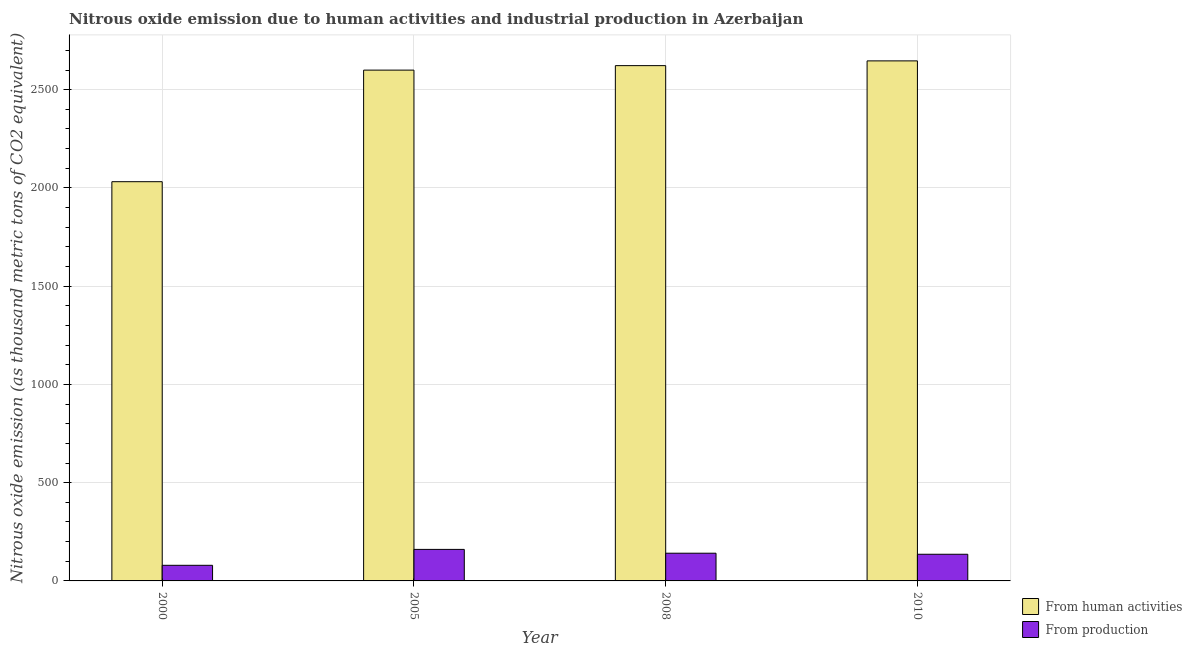
| Year | From human activities | From production |
 | --- | --- | --- |
 | 2000 | 2.03e+03 | 79.5 |
 | 2005 | 2.6e+03 | 160 |
 | 2008 | 2.62e+03 | 141 |
 | 2010 | 2.65e+03 | 136 |